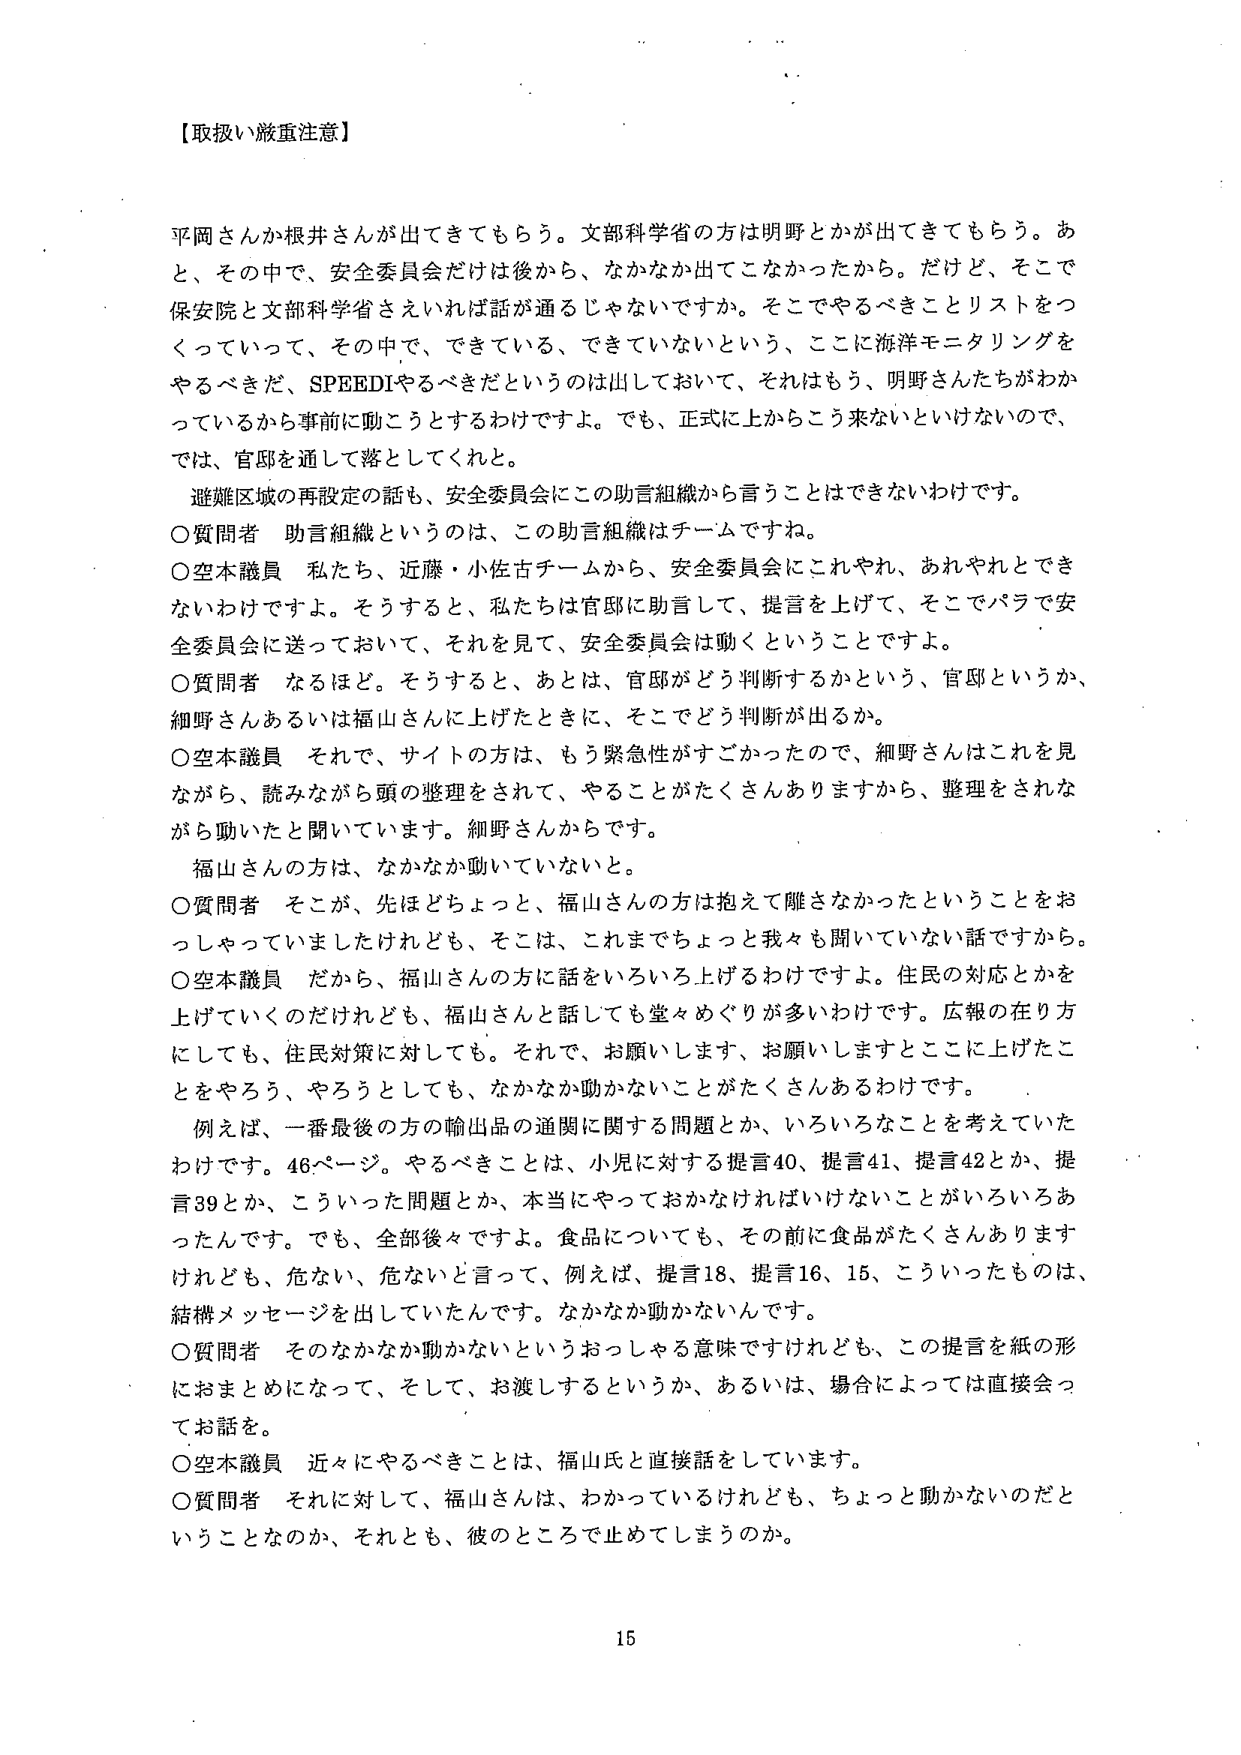
【取扱い厳重注意】

平岡さんか根井さんが出てきてもらう。文部科学省の方は明野とかが出てきてもらう。あと、その中で、安全委員会だけは後から、なかなか出てこなかったから。だけど、そこで保安院と文部科学省さえいれば話が通るじゃないですか。そこでやるべきことリストをつくっていって、その中で、できている、できていないという、ここに海洋モニタリングをやるべきだ、SPEEDIやるべきだというのは出しておいて、それはもう、明野さんたちがわかっているから事前に動こうとするわけですよ。でも、正式に上からこう来ないといけないので、では、官邸を通じて落としてくれと。

避難区域の再設定の話も、安全委員会にこの助言組織から言うことはできないわけです。

〇質問者　助言組織というのは、この助言組織はチームですね。

〇空本議員　私たち、近藤・小佐古チームから、安全委員会にこれやれ、あれやれとできないわけですよ。そうすると、私たちは官邸に助言して、提言を上げて、そこでパラで安全委員会に送っておいて、それを見て、安全委員会は動くということですよ。

〇質問者　なるほど。そうすると、あとは、官邸がどう判断するかという、官邸というか、細野さんあるいは福山さんに上げたときに、そこでどう判断が出るか。

〇空本議員　それで、サイトの方は、もう緊急性がすごかったので、細野さんはこれを見ながら、読みながら頭の整理をされて、やることがたくさんありますから、整理をされながら動いたと聞いています。細野さんからです。

福山さんの方は、なかなか動いていないと。

〇質問者　そこが、先ほどちょっと、福山さんの方は抱えて離さなかったということをおっしゃっていましたけれども、そこは、これまでちょっと我々も聞いていない話ですから。

〇空本議員　だから、福山さんの方に話をいろいろ上げるわけですよ。住民の対応とかを上げていくのだけれども、福山さんと話しても堂々めぐりが多いわけです。広報の在り方にも、住民対策に対しても。それで、お願いします、お願いしますとここに上げたことをやろう、やろうとしても、なかなか動かないことがたくさんあるわけです。

例えば、一番最後の方の輸出品の通関に関する問題とか、いろいろなことを考えていたわけです。46ページ。やるべきことは、小児に対する提言40、提言41、提言42とか、提言39とか、こういった問題とか、本当にやっておかなければならないことがいろいろあったんです。でも、全部後々ですよ。食品についても、その前に食品がたくさんありますけれども、危ない、危ないと言って、例えば、提言18、提言16、15、こういったものは、結構メッセージを出していたんです。なかなか動かないんです。

〇質問者　そのなかなか動かないというおっしゃる意味ですけれども、この提言を紙の形におまとめになって、そして、お渡しするというか、あるいは、場合によっては直接会ってお話を。

〇空本議員　近々にやるべきことは、福山氏と直接話をしています。

〇質問者　それに対して、福山さんは、わかっているけれども、ちょっと動かないのだということなのか、それとも、彼のところで止めてしまうのか。

15